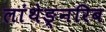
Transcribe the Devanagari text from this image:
लांथेङ्नरिब